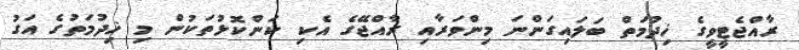
ރާއްޖެޓީވީގެ ޚިދުމަތް ބަލައިގަންނަ މިންވަރާއި ރާއްޖޭގެ އެކި ކަންކޮޅުތަކުން މި ޚިދުމަތުގެ އަގު